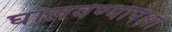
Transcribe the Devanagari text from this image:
घालवण्यापेक्षा